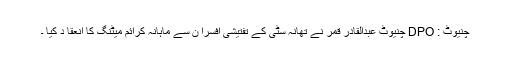
چنیوٹ : DPO چنیوٹ عبدالقادر قمر نے تھانہ سٹی کے تفتیشی افسرا ن سے ماہانہ کرائم میٹنگ کا انعقا د کیا ۔